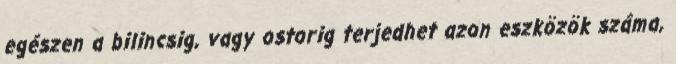
egészen a bilincsig, vagy ostorig terjedhet azon eszközök száma,